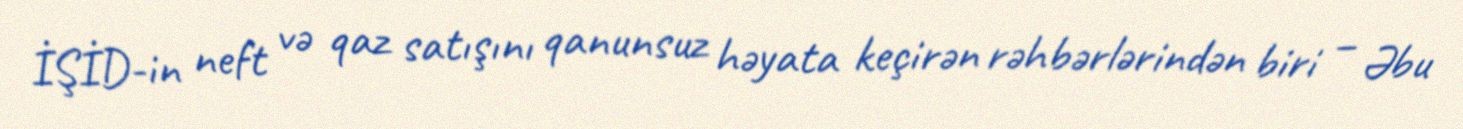
İŞİD-in neft və qaz satışını qanunsuz həyata keçirən rəhbərlərindən biri – Əbu